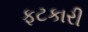
ફટકારી